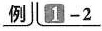
例1-2